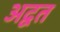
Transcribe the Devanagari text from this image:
अद्वत